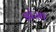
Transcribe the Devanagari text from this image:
डांजा